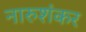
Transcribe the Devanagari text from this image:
नारुशंकर